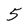
Character: 5